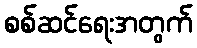
စစ်ဆင်ရေးအတွက်